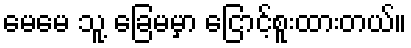
မေမေ သူ့ ခြေမမှာ ငြောင့်စူးထားတယ်။